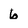
Character: 6